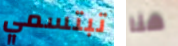
تبتسمي هنا